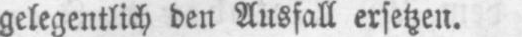
gelegentlich den Ausfall ersetzen.